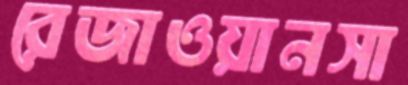
রেজাওয়ানসা